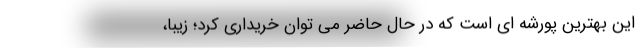
این بهترین پورشه ای است که در حال حاضر می توان خریداری کرد؛ زیبا،